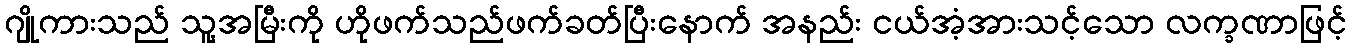
ဂျိုကားသည် သူ့အမြီးကို ဟိုဖက်သည်ဖက်ခတ်ပြီးနောက် အနည်း ငယ်အံ့အားသင့်သော လက္ခဏာဖြင့်